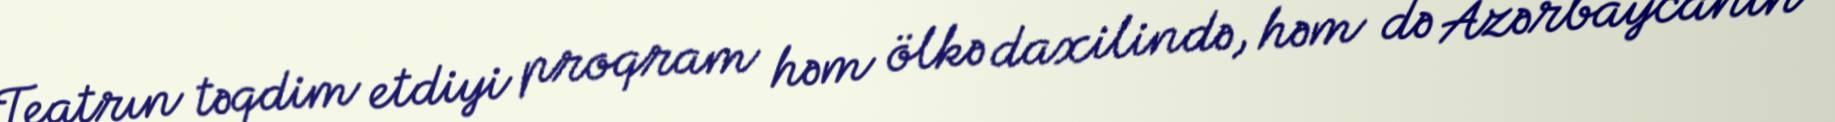
Teatrın təqdim etdiyi proqram həm ölkə daxilində, həm də Azərbaycanın